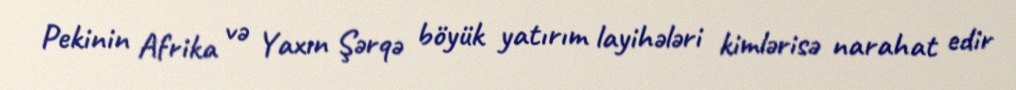
Pekinin Afrika və Yaxın Şərqə böyük yatırım layihələri kimlərisə narahat edir